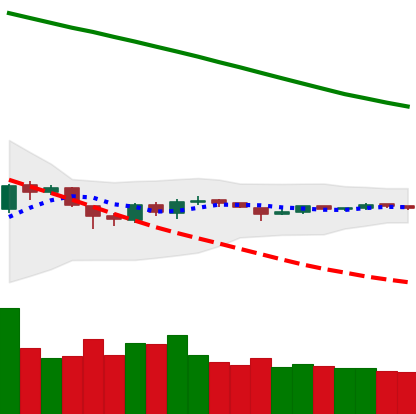
Ticker: ETH-USD
Chart end date: 2018-10-10
Forward return: -7.116%
Label: down_7plus